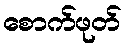
စောက်ဖုတ်